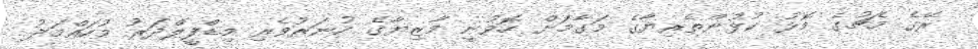
ރޭގެ މެޗުގެ މޮޅު ކުޅުންތެރިޔާގެ މަގާމަށް ހޮވުނީ މާޒިޔާގެ ހުނަރުވެރި މިޑްފީލްދަރު މުހައްމަދު